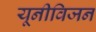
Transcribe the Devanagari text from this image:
यूनीविजन